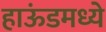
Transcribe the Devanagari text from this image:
हाऊंडमध्ये